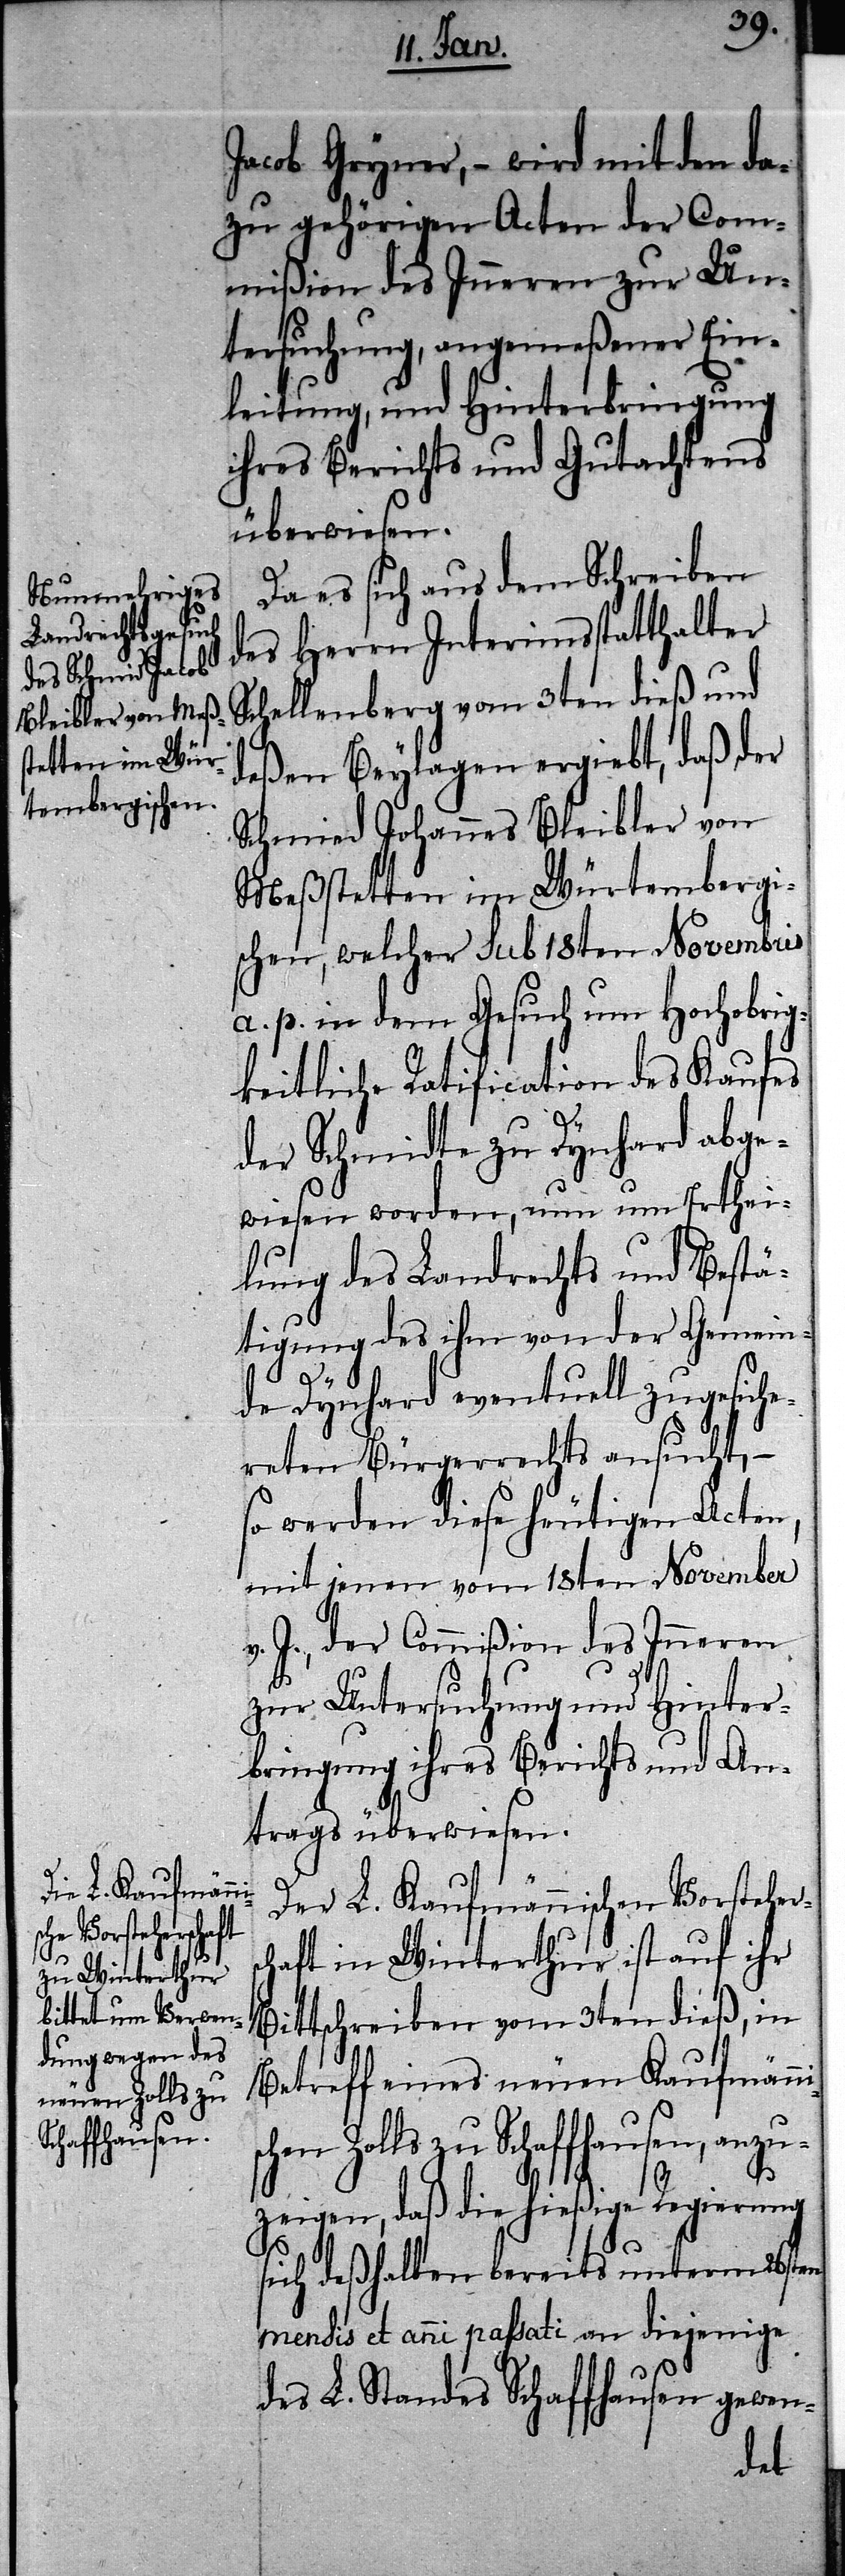
Bleibler von M¬

Jacob Gryner, – wird mit den da¬
zu gehörigen Acten der Com¬
mißion des Inneren zur Un¬
tersuchung, angemeßener Ein¬
leitung, und Hinterbringung
ihres Berichts und Gutachtens
überwiesen.
Da es sich aus dem Schreiben
des Herrn Interimsstatthalter
Schellenberg vom 3ten dieß und
deßen Beylagen ergiebt, daß der
eßstetten im Würtembergi¬
schen, welcher sub 18ten Novembris
a. p. in dem Gesuch um Hochobrig¬
keitliche Ratification des Kaufes
der Schmidte zu Dynhard abge¬
wiesen worden, nun um Erthei¬
lung des Landrechts und Bestä¬
tigung des ihm von der Gemein¬
de Dynhard eventuell zugesiche¬
reten Bürgerrechts ansucht, –
so werden diese heutigen Acten,
mit jenen vom 18ten November
v. J., der Commißion des Inneren
zur Untersuchung und Hinter¬
bringung ihres Berichts und An¬
trags überwiesen.
Der L. Kaufmännischen Vorsteher¬
chaft in Winterthur ist auf ihr
Bittschreiben vom 3ten dieß, in
Betreff eines neuen Kaufmänn¬
chen Zolls zu Schaffhausen, anzu¬
is¬
zeigen, daß die hießige Regierung
sich deßhalben bereits unterm 26sten
mensis et anni passati an diejenige
des L. Standes Schaffhausen gewen-